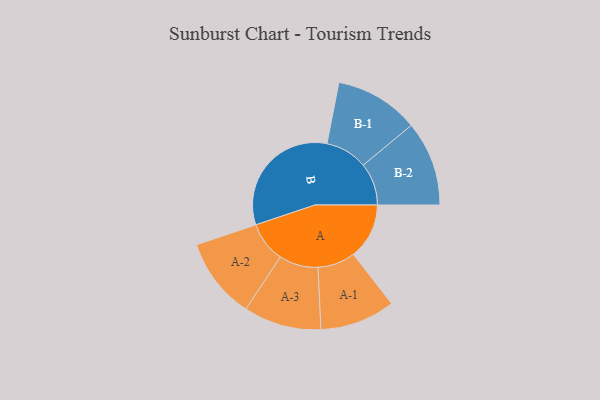
{"axis": {"x": "Segment", "y": "Value"}, "legend": ["", "A", "B"], "data": [{"x": "A", "y": 208, "type": ""}, {"x": "B", "y": 477, "type": ""}, {"x": "A-1", "y": 140, "type": "A"}, {"x": "A-2", "y": 151, "type": "A"}, {"x": "A-3", "y": 145, "type": "A"}, {"x": "B-1", "y": 157, "type": "B"}, {"x": "B-2", "y": 158, "type": "B"}]}